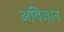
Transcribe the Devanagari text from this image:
अबिजान